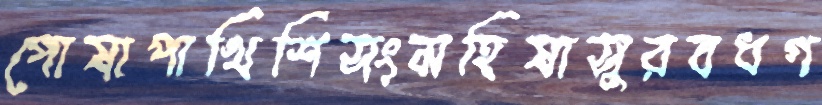
পোষাপাখিশিসংমহিষাসুরবধগ